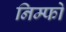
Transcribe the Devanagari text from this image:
निम्फो